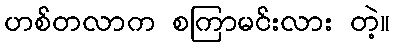
ဟစ်တလာက စကြာမင်းလား တဲ့။